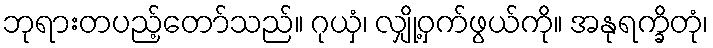
ဘုရားတပည့်တော်သည်။ ဂုယှံ၊ လျှို့ဝှက်ဖွယ်ကို။ အနုရက္ခိတုံ၊